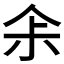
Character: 𠈒